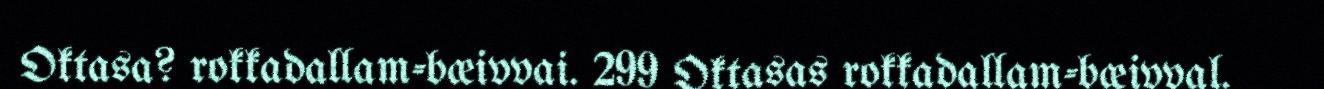
Oktasa? rokkadallam-bæivvai. 299 Oktasas rokkadallam-bæivval.